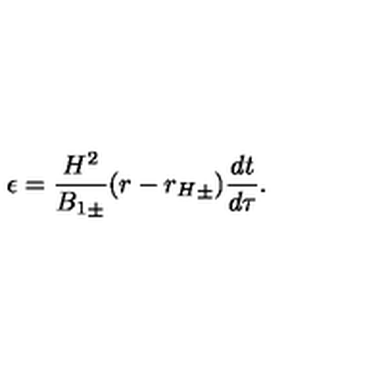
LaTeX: \epsilon = \frac { H ^ { 2 } } { { B _ { 1 } } _ { \pm } } ( r - { r _ { H } } _ { \pm } ) \frac { d t } { d \tau } .